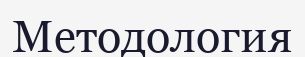
Методология